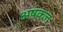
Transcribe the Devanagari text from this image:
अषकत्त